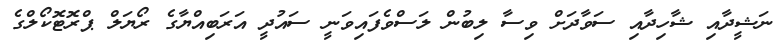
ނަޝީދާއި ޝާހިދާއި ސަވާދަށް ވިސާ ލިބުން ލަސްވެފައިވަނީ ސައުދީ އަރަބިއްޔާގެ ރޯޔަލް ޕްރޮޓޮކޯލްގެ